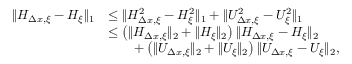
\begin{array} { r l } { \| H _ { \Delta x , \xi } - H _ { \xi } \| _ { 1 } } & { \leq \| H _ { \Delta x , \xi } ^ { 2 } - H _ { \xi } ^ { 2 } \| _ { 1 } + \| U _ { \Delta x , \xi } ^ { 2 } - U _ { \xi } ^ { 2 } \| _ { 1 } } \\ & { \leq \left( \| H _ { \Delta x , \xi } \| _ { 2 } + \| H _ { \xi } \| _ { 2 } \right) \| H _ { \Delta x , \xi } - H _ { \xi } \| _ { 2 } } \\ & { \qquad + \left( \| U _ { \Delta x , \xi } \| _ { 2 } + \| U _ { \xi } \| _ { 2 } \right) \| U _ { \Delta x , \xi } - U _ { \xi } \| _ { 2 } , } \end{array}